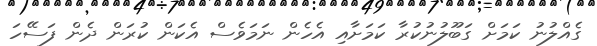
ގެއްލުނު ކަމަށް ގަބޫލުނުކުރާ ކަމަށާއި އެހެން ނަމަވެސް އެކަން ކުރަން ދެން ފަސޭހަ